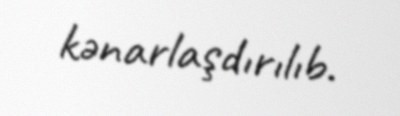
kənarlaşdırılıb.